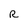
Character: R